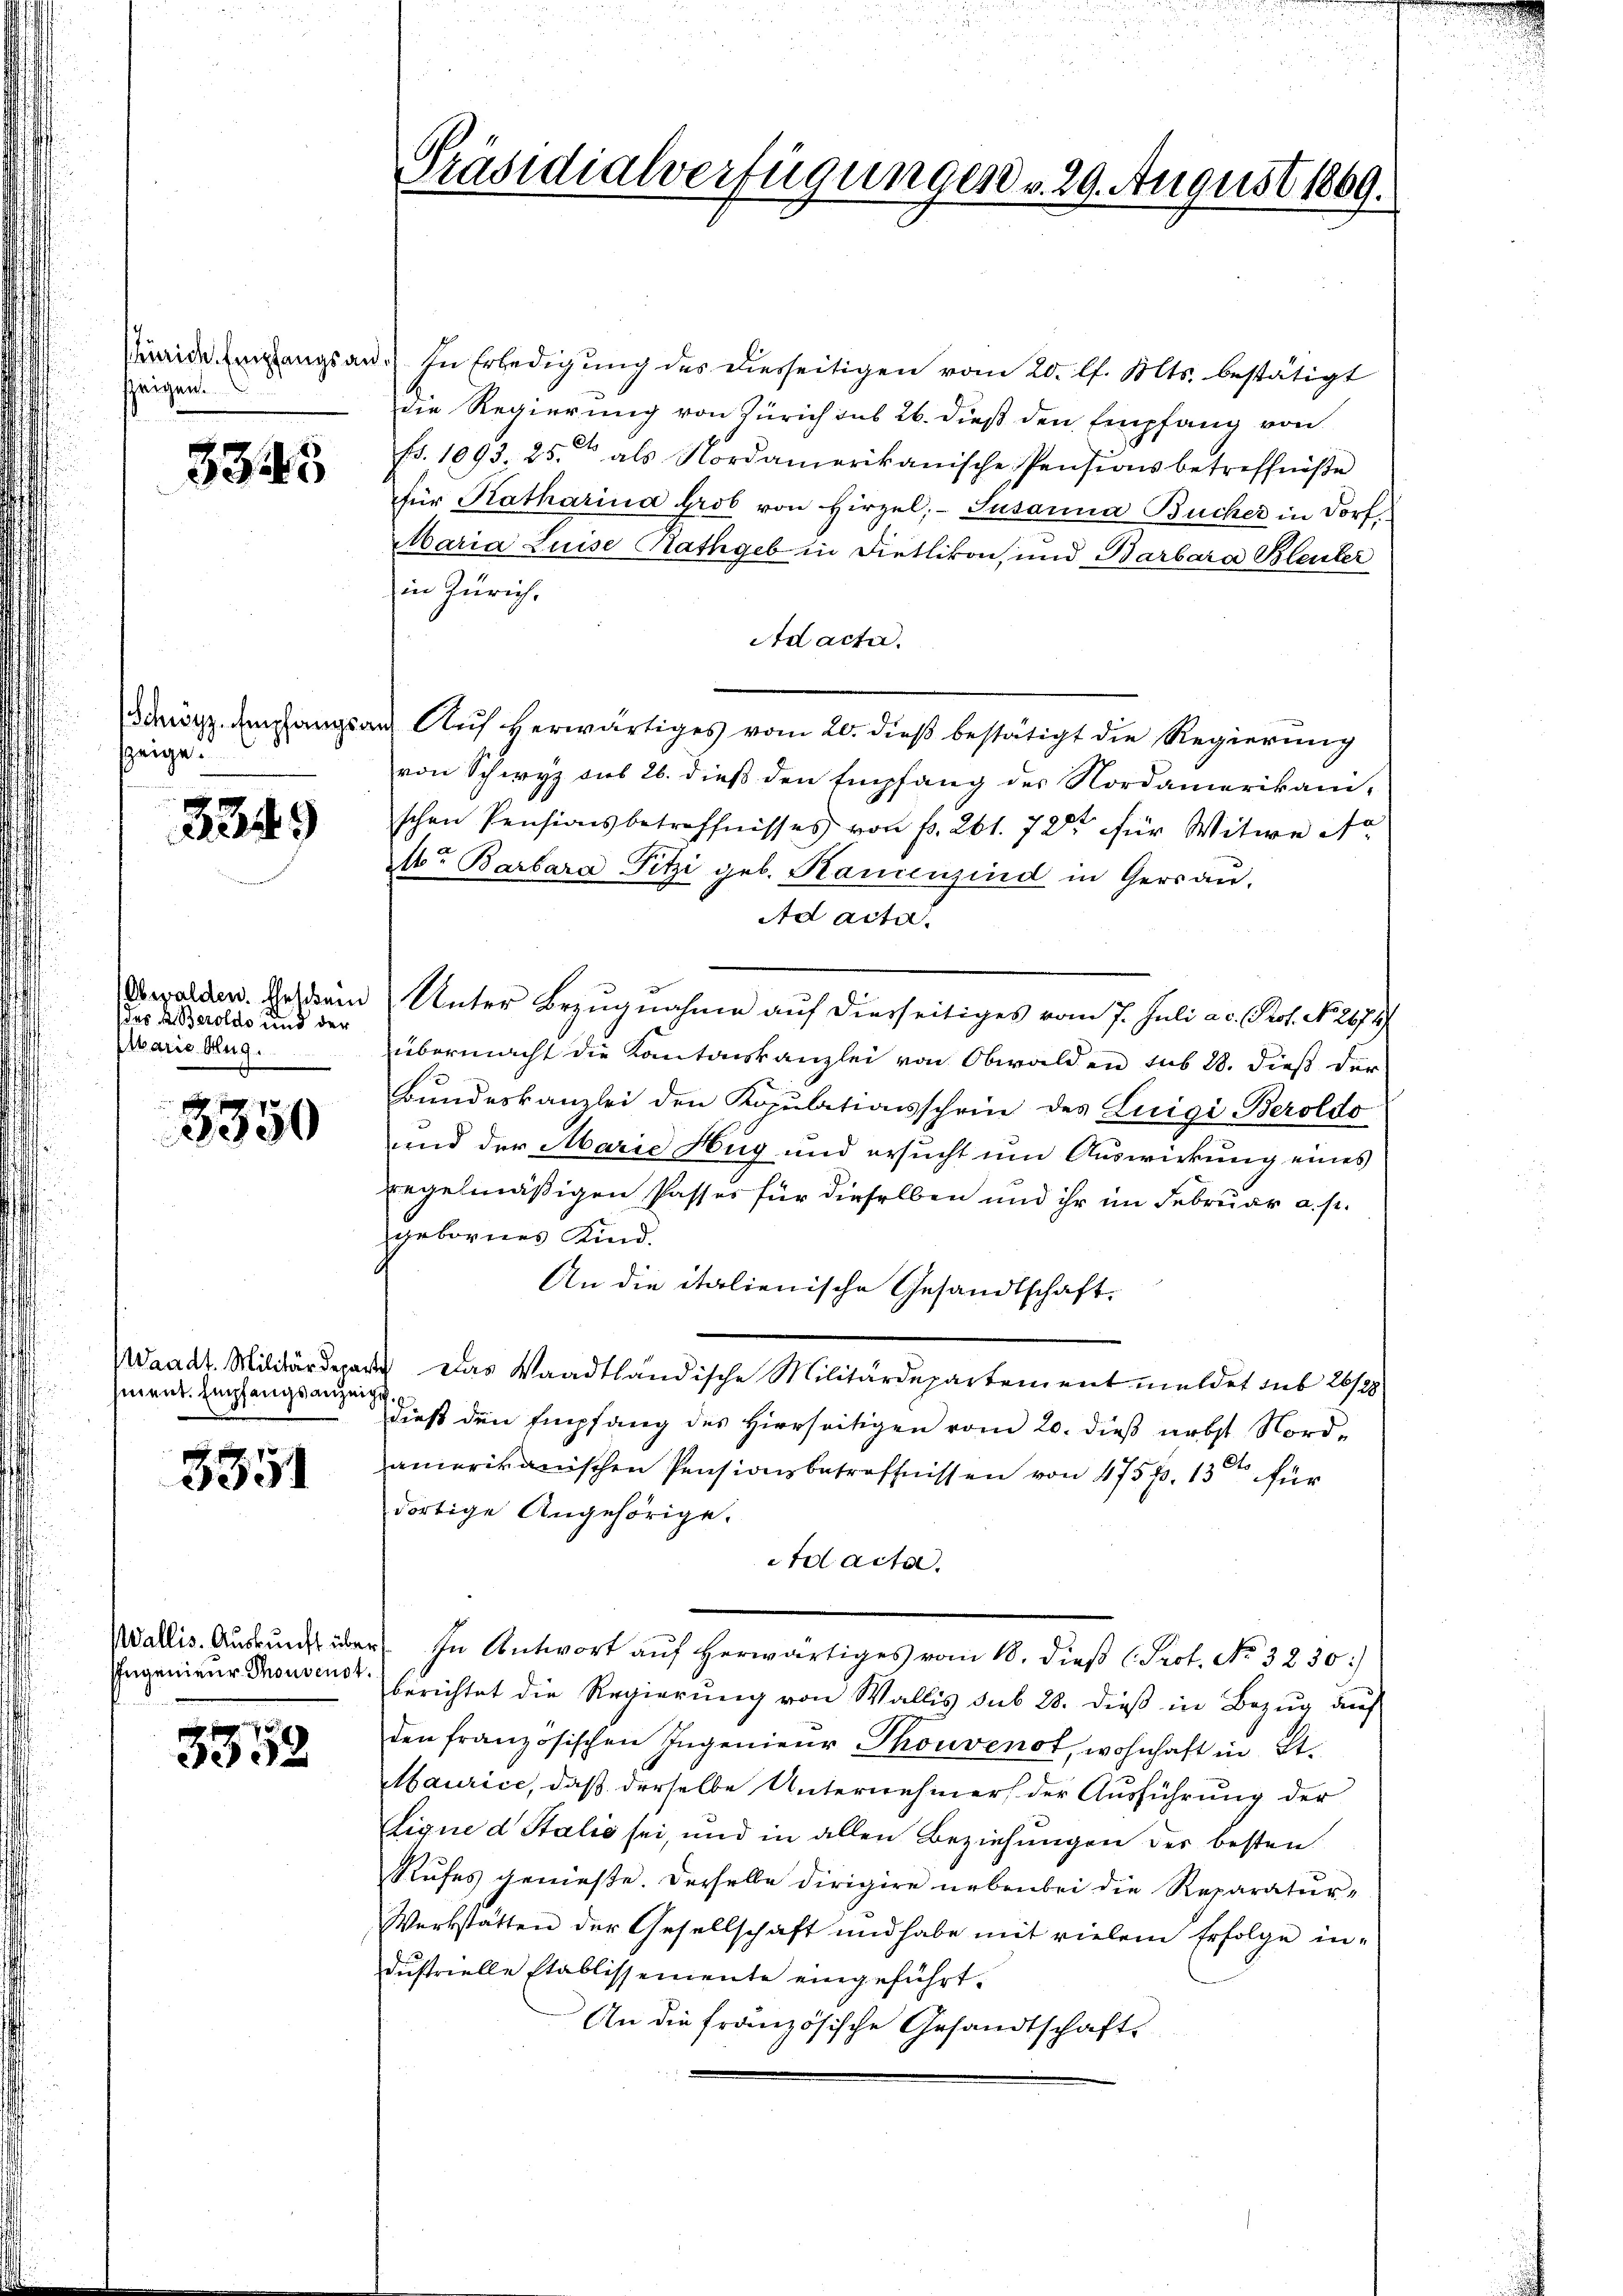
Zürich Empfangsan
szeigen.

3343

Schwyz. Empfangszeige.

3349

Obwalden. Eheschein
das A. Berolds und der
Alaria Aug.

3350

Waadt. Militärdepa
ment. Empfangsanzei

3351

WWallis. Auskunft über
Ingenieur Thonsenst

3352

Präsidialverfügungen v. 29. August 1869.

In Erledigung des diesseitigen vom 20. l. Mts. bestätigt
die Regierung von Zürich sub 26. dieß den Empfang von
fr. 1093. 25. als Nordamerikanische Pensionsbetreffnisse
für Katharina Grob von Hirzel, Susanna Bucher in Dorf¬
Maria Luise Rathgeb in Dietlikon, und Barbara Bleuler
in Zürich,
Ad acta.
Auf herwärtiges vom 20. dieß bestätigt die Regierung
von Schwyz aus 26. dieß den Empfang des Nordamerikani-
schen Pensionsbetreffnisses von Fr. 261. 72 für Witwe A.
r Barbara Fitzi geb. Kamenzind in Gersan.
Ad acta.
Unter Bezugnahme auf dierseitiges vom 7. Juli a.c. Prof. No. 2674/
übermacht die Kantonskanzlei von Obwalden sub 28. dieß der
Bundeskanzlei den Kopulationsschein des Luigi Beroldo
und der Marie Hug und ersucht um Auswirkung eines
regelmäßigen Passes für dieselben und ihr im Februar a. s.
gebornes Kind.
An die italienische Gesandtschaft.
Das Waadtländische Militärdepartement meldet sub 26/28
dieß den Empfang des Hierseitigen vom 20. dieß nebst Nord-
amerikanischen Pensionsbetreffnissen von 475 p. 13ten für
dortige Angehörige.
d acta.
In Antwort auf herwärtiges vom 18. dieß (Prot. No. 3230:
berichtet die Regierung von Wallis sub 28. dieß in Bezug auf
den französischen Ingenieur Thouvenot, wohnhaft in St.
Maurice, daß derselbe Unternehmers der Ausführung der
Ligne d Stalić sei, und in allen Beziehungen des besten
Rufes genieße. Derselbe dirigire nebenbei die Reparatur-
Werkstatten der Gesellschaft und habe mit vielem Erfolge in-
dustrielle Etablissemente eingeführt.
An die französische Gesandtschaft